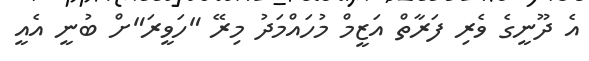
އެ ދޫނީގެ ވެރި ފަރާތް އަޒީމް މުހައްމަދު މިރޭ "ހަވީރަ"ށް ބުނީ އެއީ